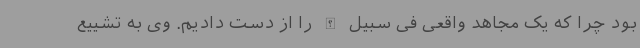
بود چرا که یک مجاهد واقعی فی سبیل الله را از دست دادیم. وی به تشییع